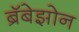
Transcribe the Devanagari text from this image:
ब्रॅबेझोन